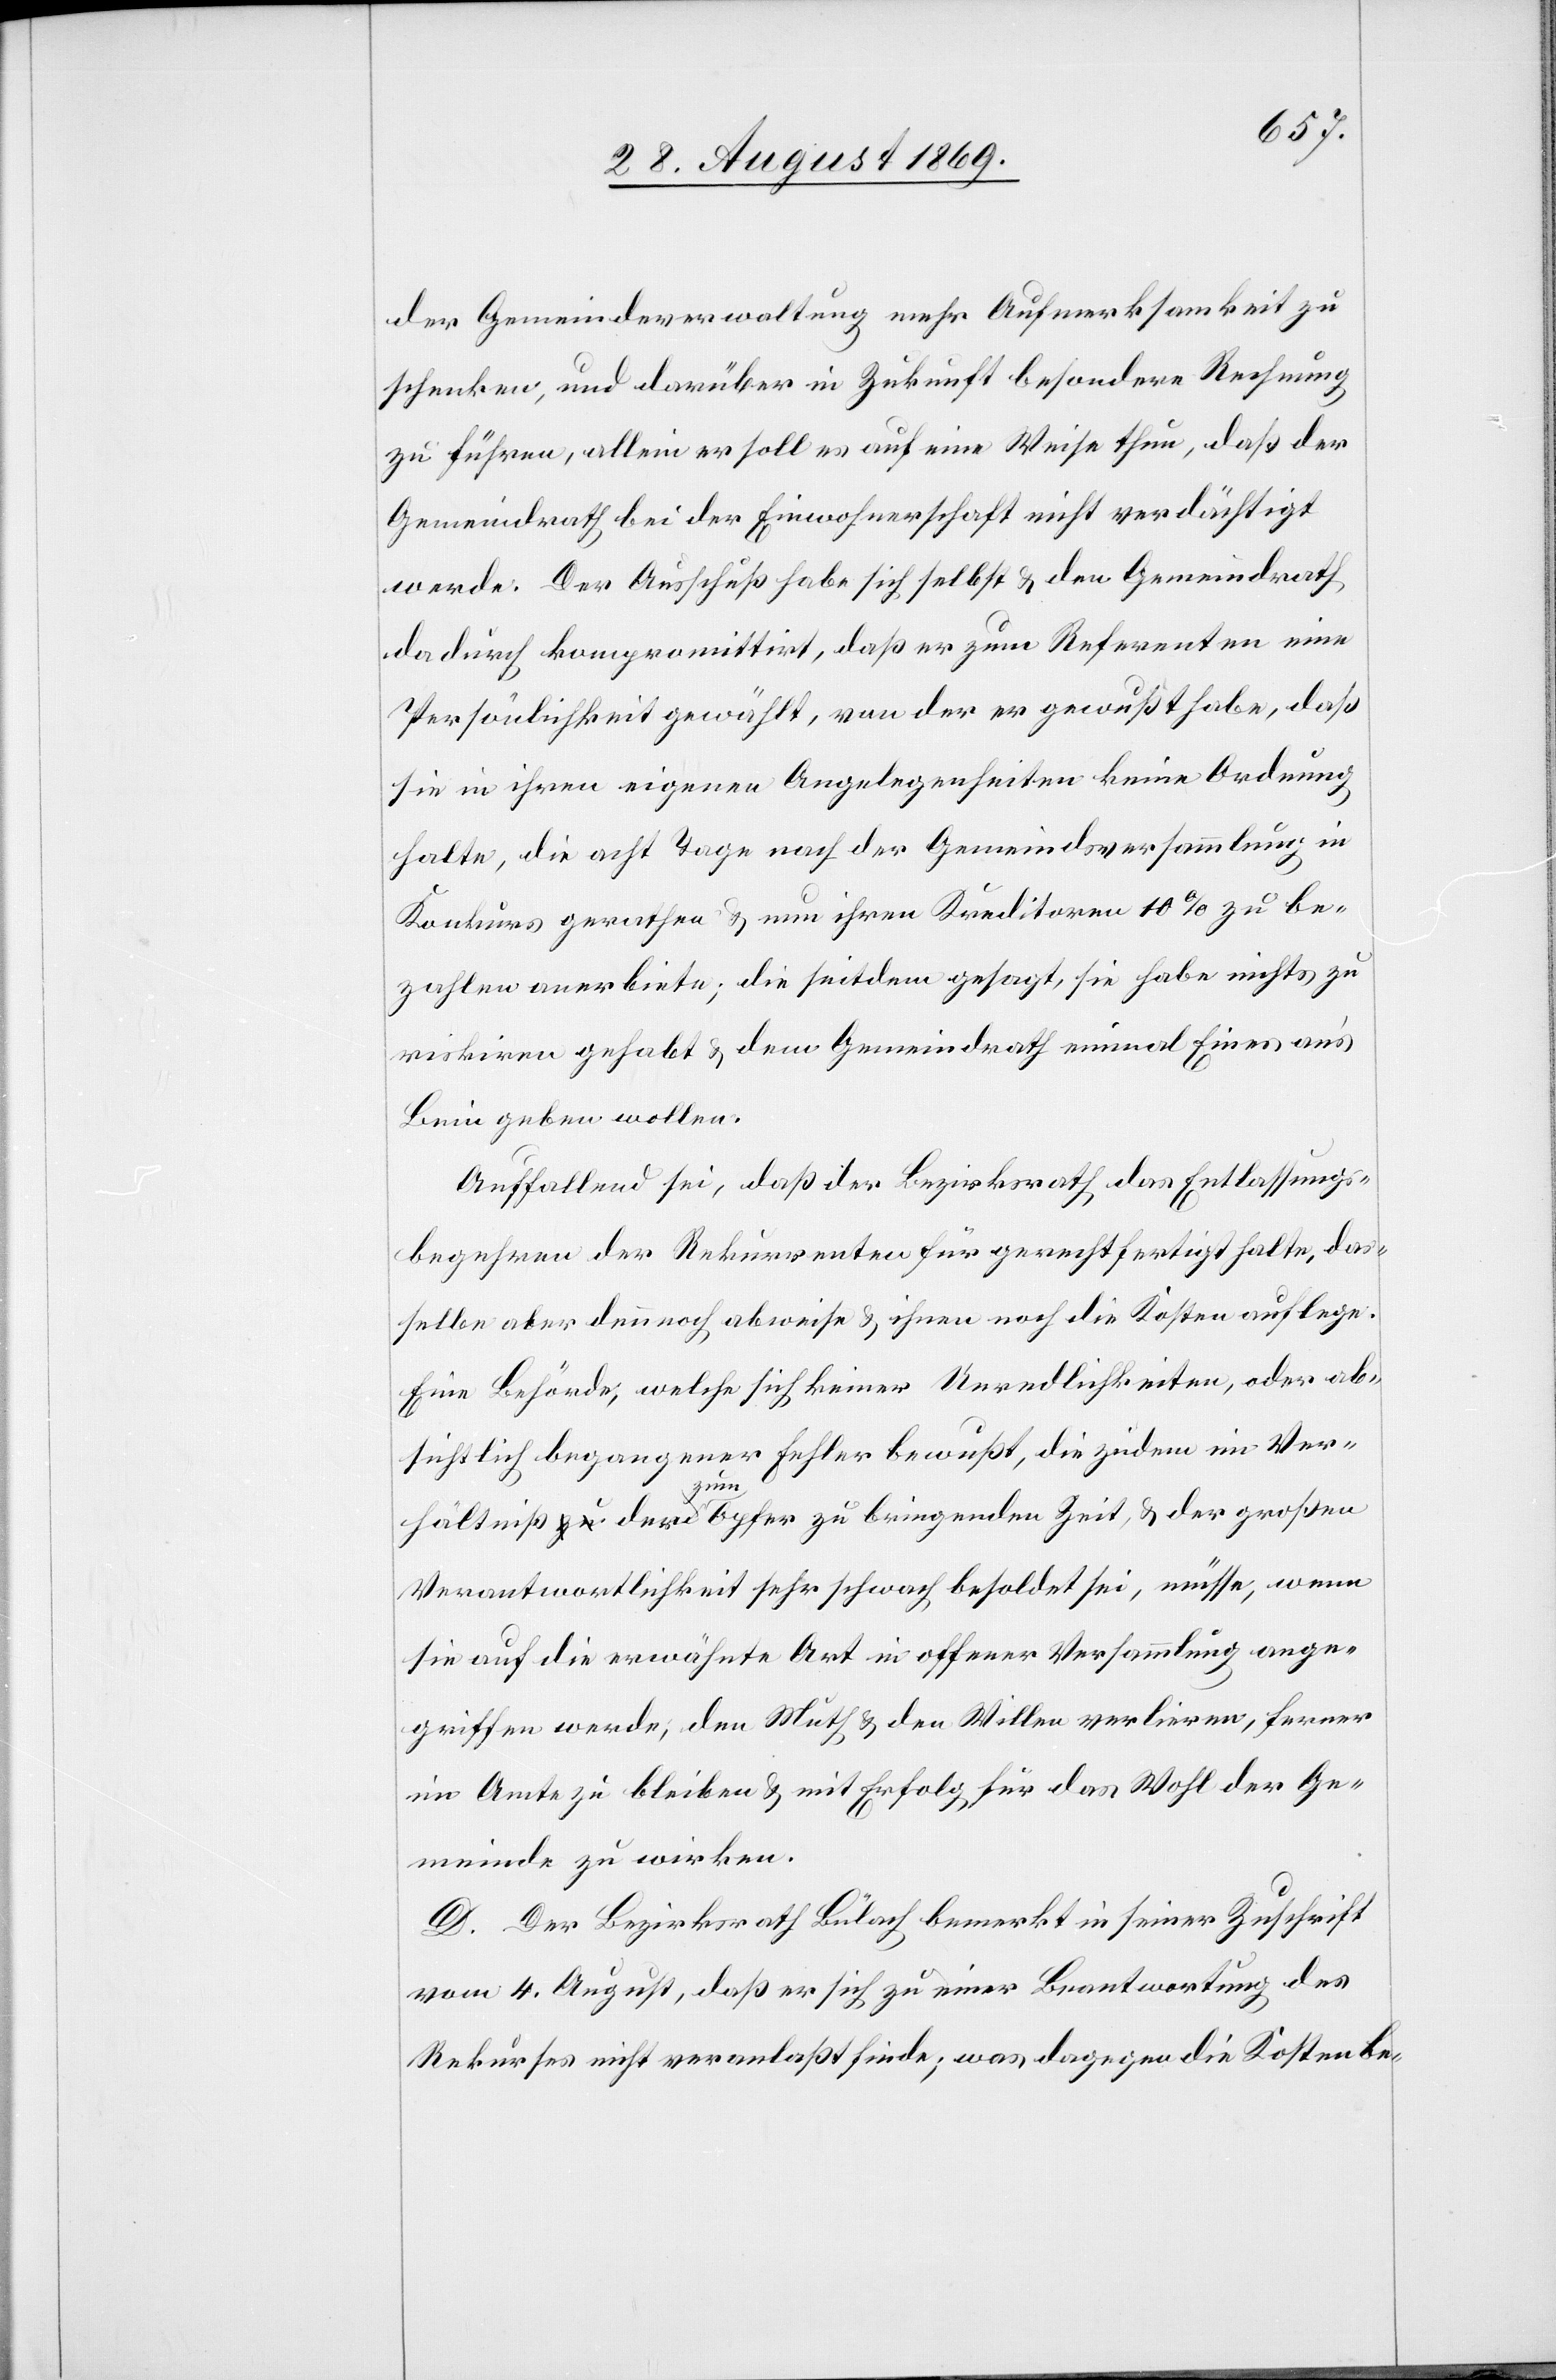
der Gemeindeverwaltung mehr Aufmerksamkeit zu
schenken, und darüber in Zukunft besondere Rechnung
zu führen, allein er soll es auf eine Weise thun, daß der
Gemeindrath bei der Einwohnerschaft nicht verdächtigt
werde. Der Ausschuß habe sich selbst & den Gemeindrath
dadurch kompromittirt, daß er zum Referenten eine
Persönlichkeit gewählt, von der er gewußt habe, daß
sie in ihren eigenen Angelegenheiten keine Ordnung
halte, die acht Tage nach der Gemeindsversammlung in
Konkurs gerathen & nun ihren Kreditoren 10% zu be¬
zahlen erbiete; die seitdem gesagt, sie habe nichts zu
riskiren gehabt & dem Gemeindrath einmal Eines ans’
Bein geben wollen.
Auffallend sei, daß der Bezirksrath das Entlassungs¬
begehren der Rekurrenten für gerechtfertigt halte, das¬
selbe aber dennoch abweise & ihnen noch die Kosten auflege.
Eine Behörde, welche sich keiner Unredlichkeiten, oder ab¬
sichtlich begangener Fehler bewußt, die zudem im Ver¬
hältniß der zum Opfer zu bringenden Zeit, & der großen
Verantwortlichkeit sehr schwach besoldet sei, müsse, wenn
sie auf die erwähnte Art in offener Versammlung ange¬
griffen werde, den Muth & den Willen verlieren, ferner
im Amte zu bleiben & mit Erfolg für das Wohl der Ge¬
meinde zu wirken.
D. Der Bezirksrath Bülach bemerkt in seiner Zuschrift
vom 4. August, daß er sich zu einer Beantwortung des
Rekurses nicht veranlaßt finde; was dagegen die Kosten be-